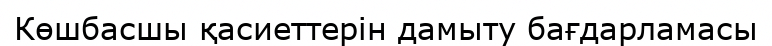
Көшбасшы қасиеттерін дамыту бағдарламасы